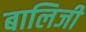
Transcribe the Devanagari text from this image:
बालिजी